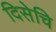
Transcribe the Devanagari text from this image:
दिसेचि